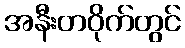
အနီးတဝိုက်တွင်